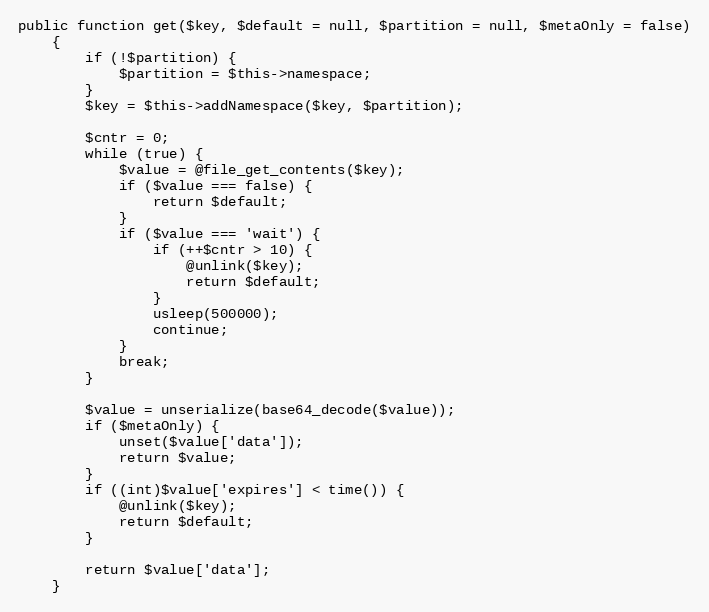
Language: PHP
public function get($key, $default = null, $partition = null, $metaOnly = false)
    {
        if (!$partition) {
            $partition = $this->namespace;
        }
        $key = $this->addNamespace($key, $partition);

        $cntr = 0;
        while (true) {
            $value = @file_get_contents($key);
            if ($value === false) {
                return $default;
            }
            if ($value === 'wait') {
                if (++$cntr > 10) {
                    @unlink($key);
                    return $default;
                }
                usleep(500000);
                continue;
            }
            break;
        }

        $value = unserialize(base64_decode($value));
        if ($metaOnly) {
            unset($value['data']);
            return $value;
        }
        if ((int)$value['expires'] < time()) {
            @unlink($key);
            return $default;
        }

        return $value['data'];
    }